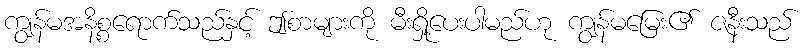
ကျွန်မအနိစ္စရောက်သည်နှင့် ဤစာများကို မီးရှို့ပေးပါမည်ဟု ကျွန်မမြေး၏ ဇနီးသည်